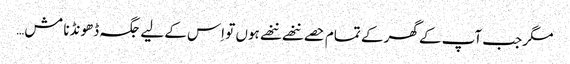
مگر جب آپ کے گھر کے تمام حصے ننھے ننھے ہوں تو اِس کے لیے جگہ ڈھونڈنا مش…